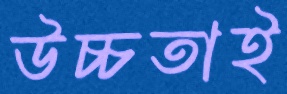
উচ্চতাই